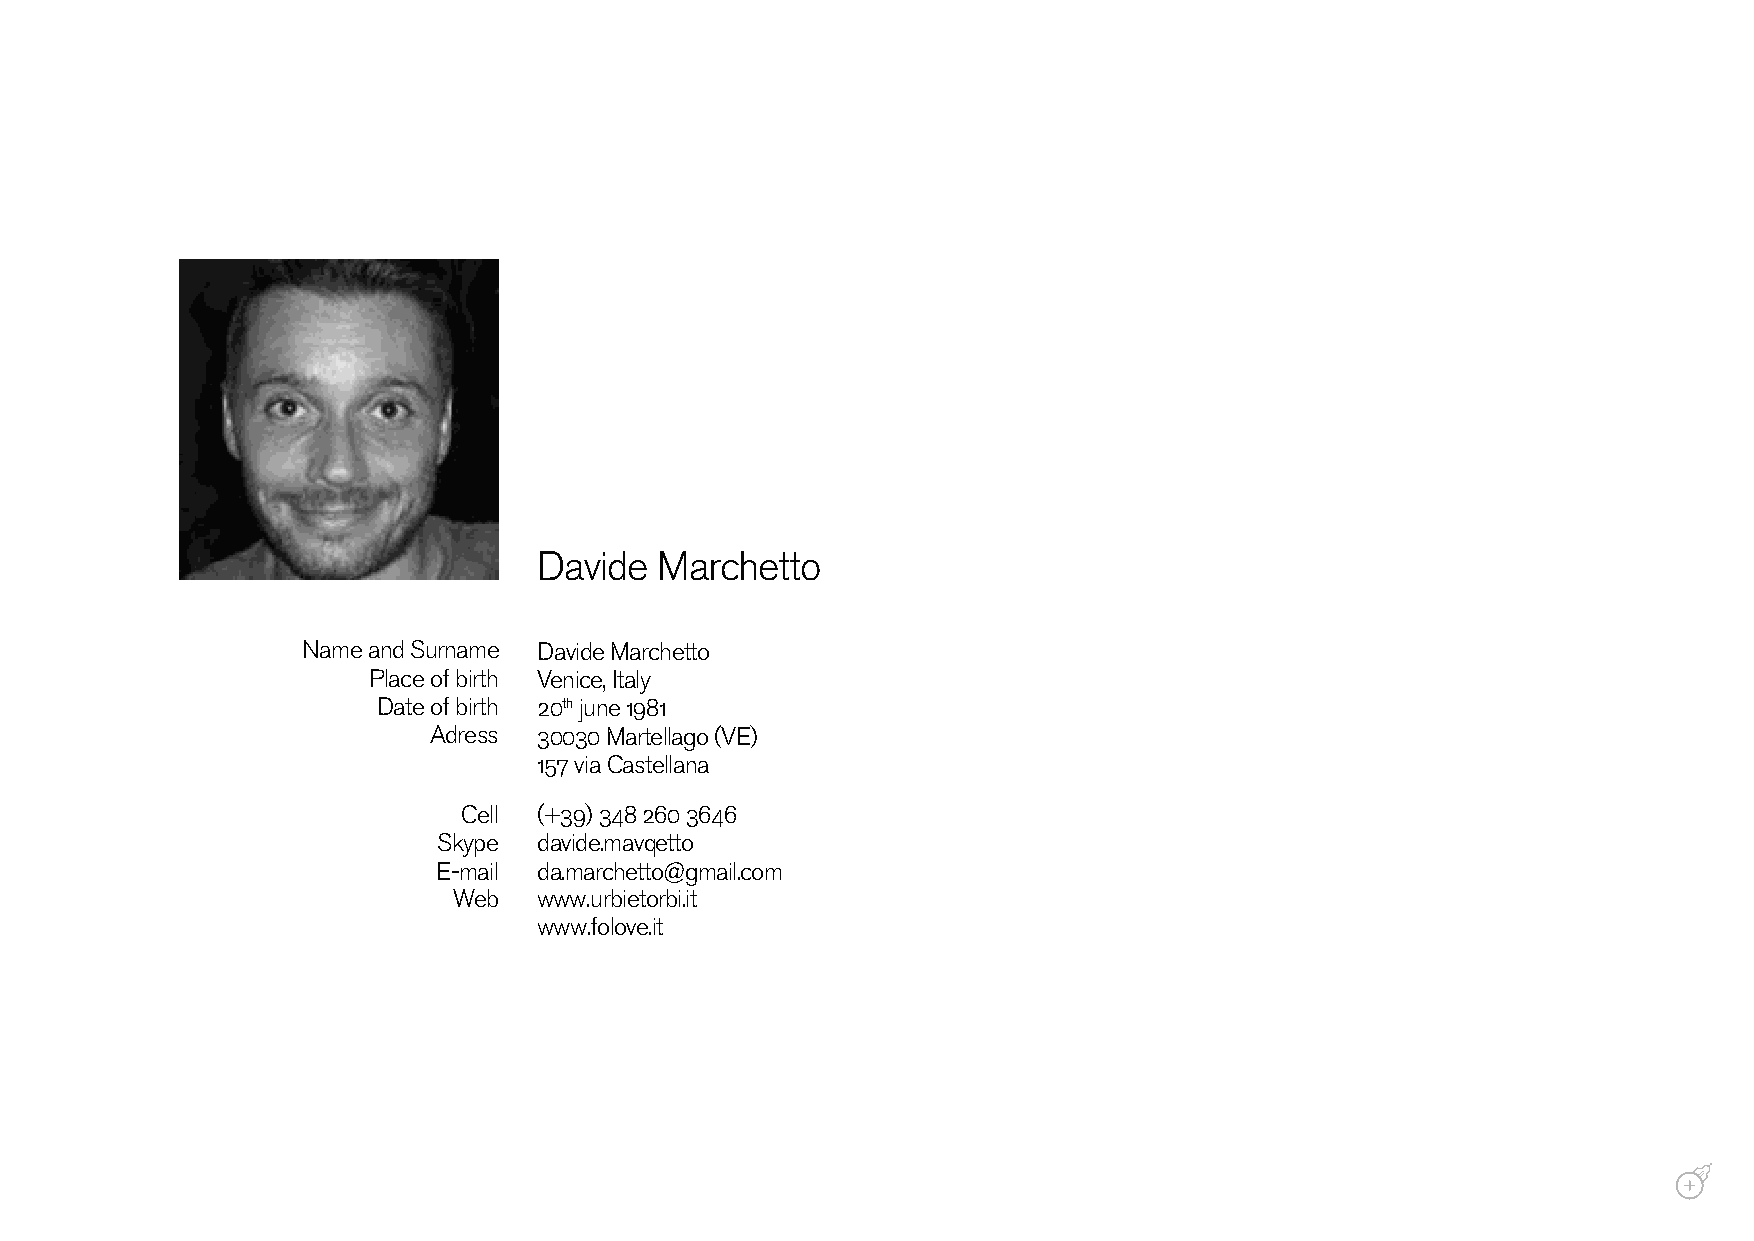
Davide  Marchetto
 Name and Surname Davide Marchetto
 Place of birth Venice, Italy
 Date of birth 20th june 1981
 Adress  30030 Martellago (VE)
 157 via Castellana
 Cell (+39) 348 260 3646
 Skype  davide.mavqetto
 E-mail da.marchetto@gmail.com
 Web   www.urbietorbi.it
 www.folove.it